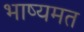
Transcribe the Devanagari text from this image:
भाष्यमत